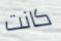
كانت